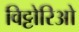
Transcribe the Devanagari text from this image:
विट्टोरिओ